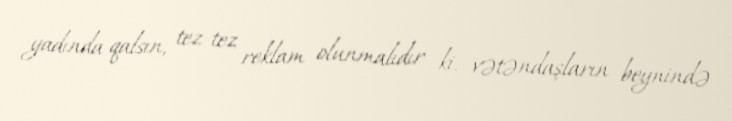
yadında qalsın, tez-tez reklam olunmalıdır ki, vətəndaşların beynində